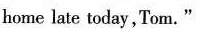
home late today, Tom."